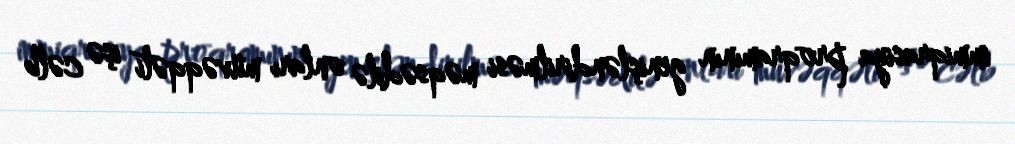
immiqrasiya proqramının genişləndirilməsi məqsədilə onları müvəqqəti işə cəlb